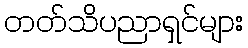
တတ်သိပညာရှင်များ